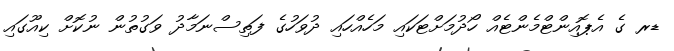
ޑރ ގެ އެޕޮއިންޓްމެންޓެއް ހޯދުމަށްޓަކައި މަހެއްހައި ދުވަހުގެ ފަތިސްނަމާދު ވަގުތުން ނުކޮށް ކިއޫގައި